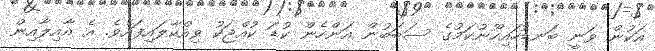
އަކުން ވަނީ ބަނޑުހައިހޫނުކަމުގެ ސަބަބުން އަންހެން ކުޑަ ކުއްޖަކު ވިއްކާލައިފައެވެ. އެ އާއިލާއިން